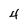
Character: 4